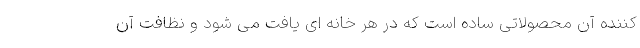
کننده آن محصولاتی ساده است که در هر خانه ای یافت می شود و نظافت آن